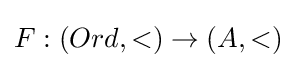
F:(Ord,<)\rightarrow (A,<)